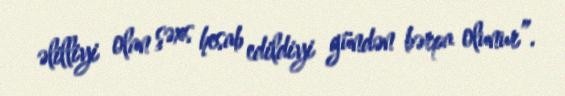
əlilliyi olan şəxs hesab edildiyi gündən bərpa olunur”.